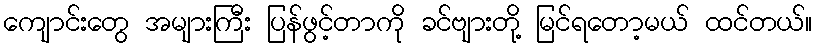
ကျောင်းတွေ အများကြီး ပြန်ဖွင့်တာကို ခင်ဗျားတို့ မြင်ရတော့မယ် ထင်တယ်။